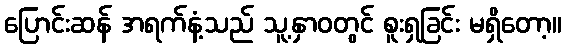
ပြောင်းဆန် အရက်နံ့သည် သူ့နှာဝတွင် စူးရှခြင်း မရှိတော့။